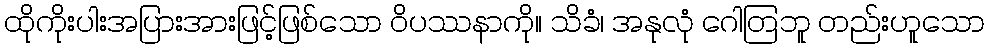
ထိုကိုးပါးအပြားအားဖြင့်ဖြစ်သော ဝိပဿနာကို။ သိခံ၊ အနုလုံ ဂေါတြဘူ တည်းဟူသော